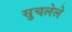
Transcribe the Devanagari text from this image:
सुचलेले